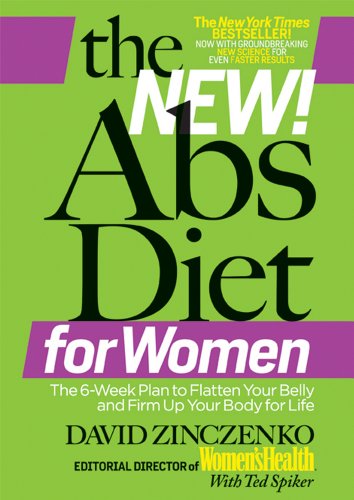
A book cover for The New Abs Diet for Women: The Six-Week Plan to Flatten Your Stomach and Keep You Lean for Life; David Zinczenko; Health, Fitness & Dieting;